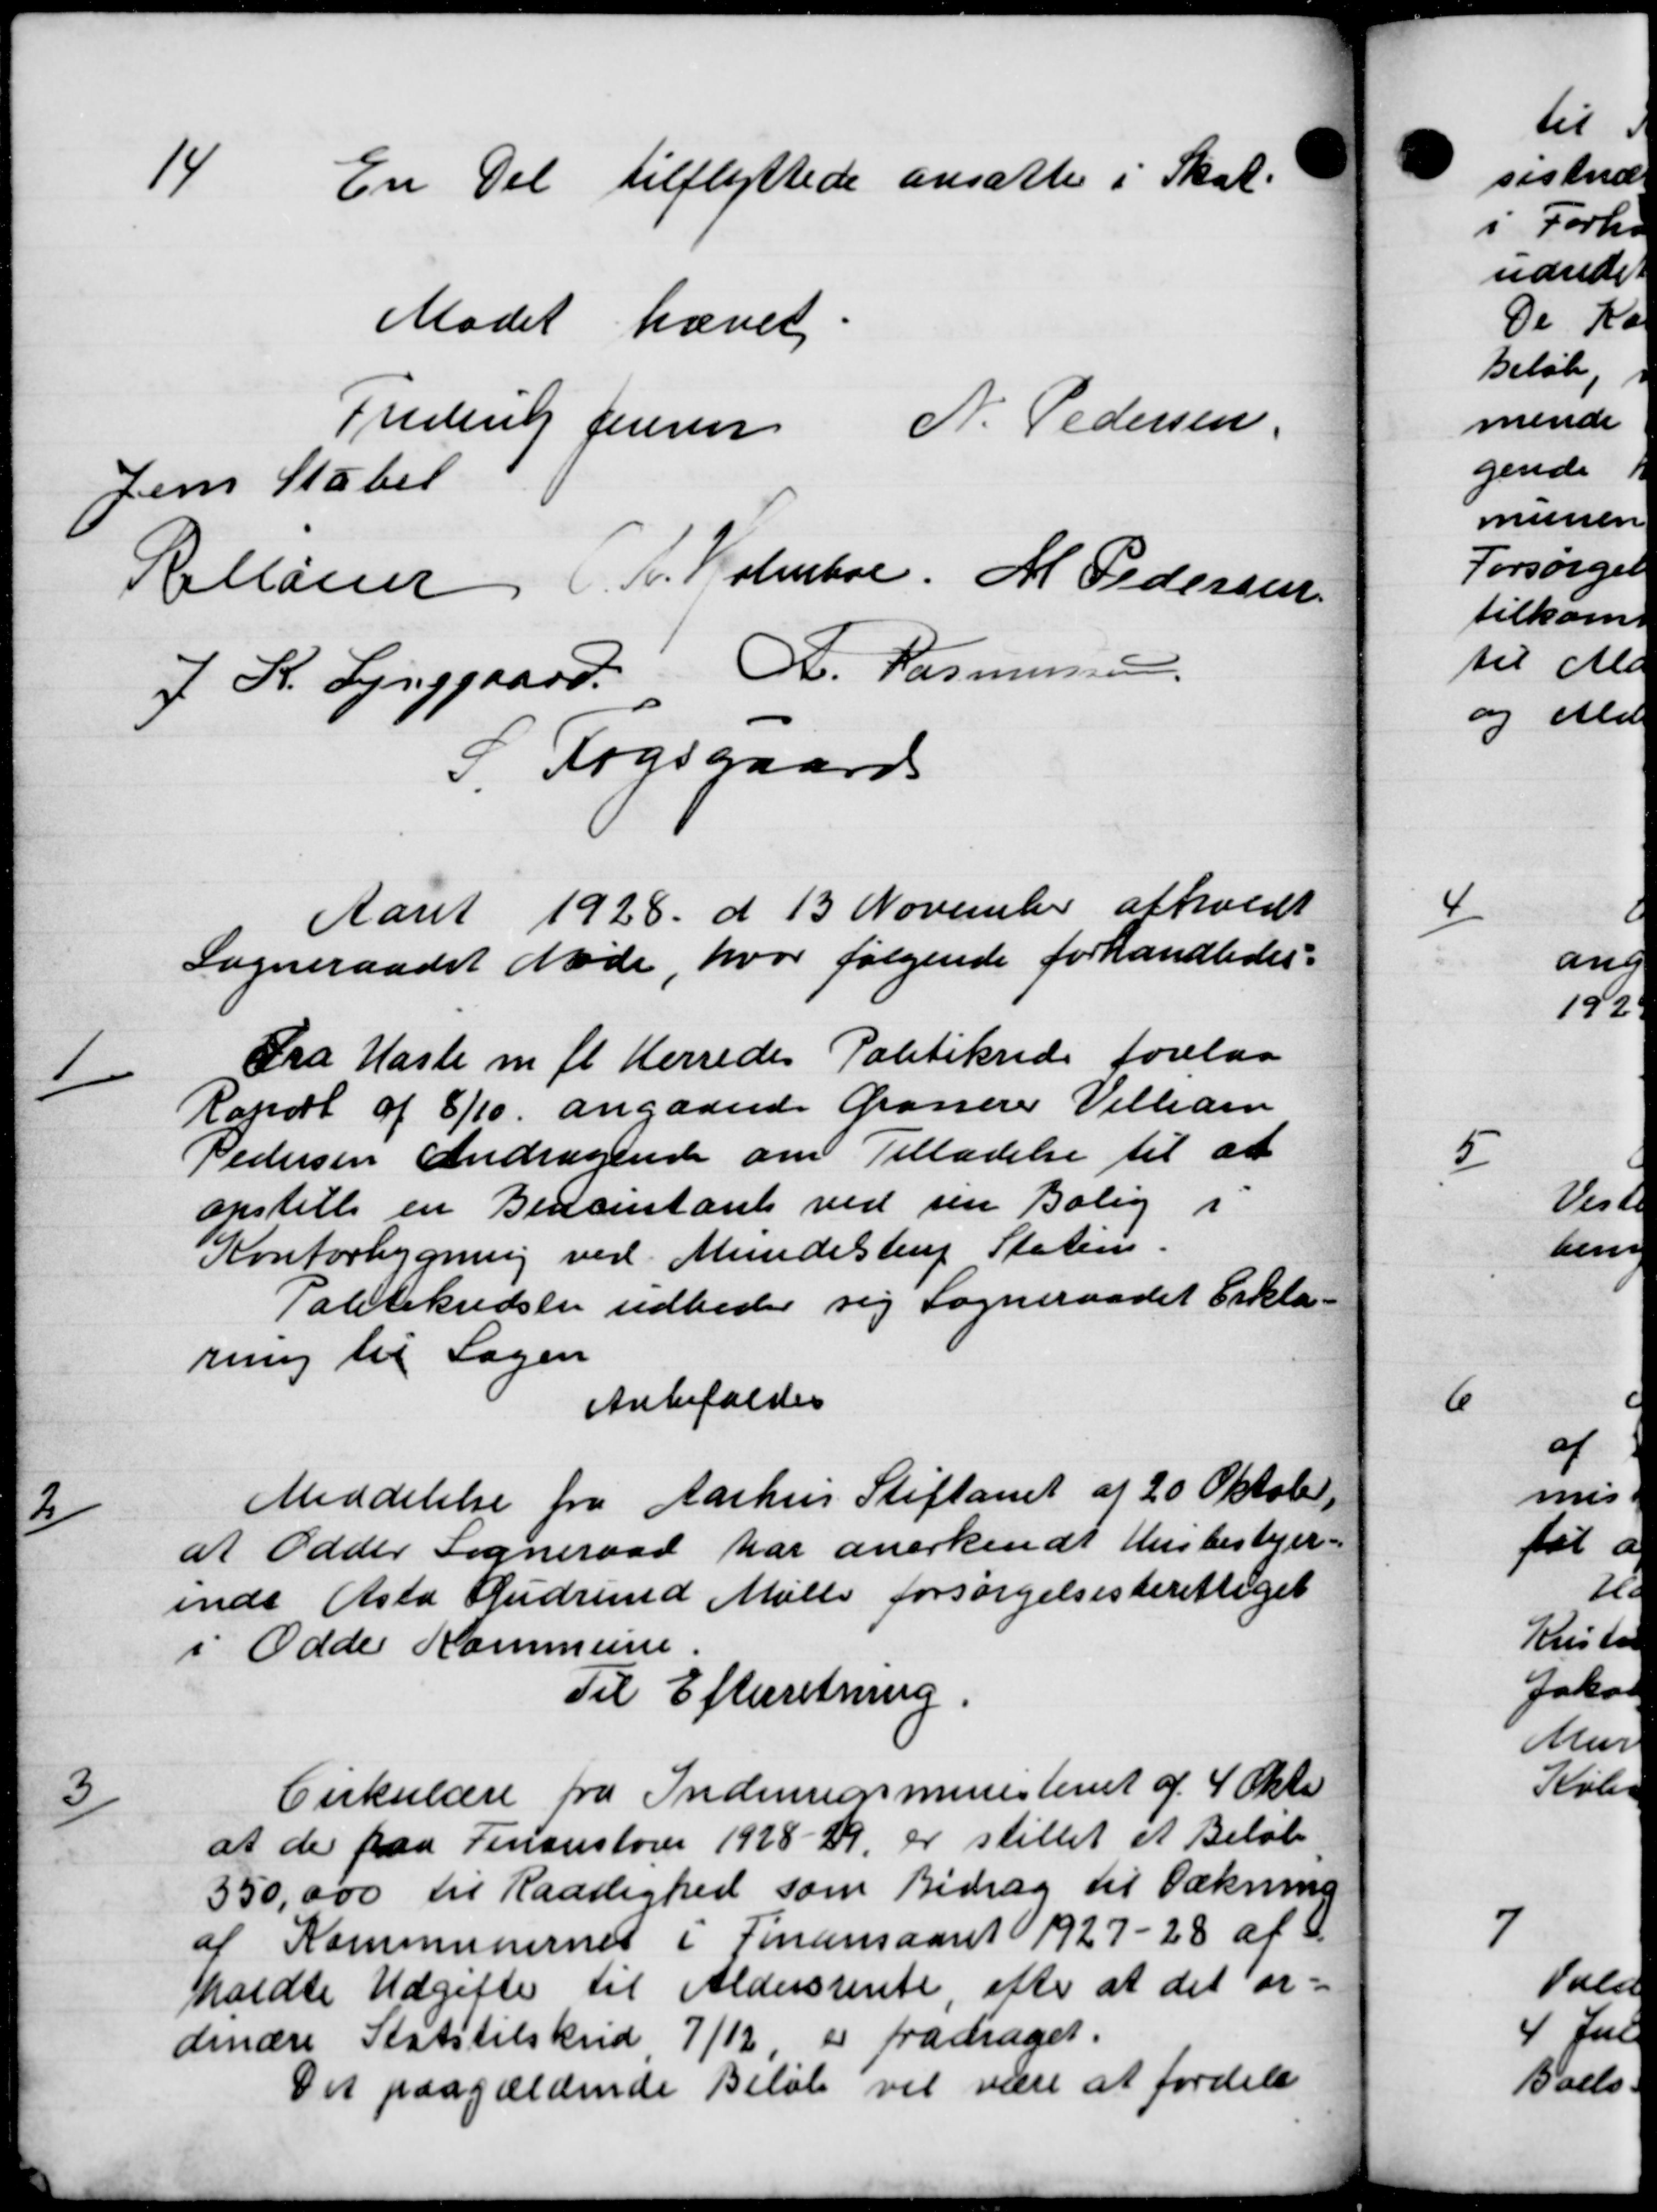
Transskription:
14
En Del tilflyttede ansattes i Sk
Mødet hævet
Frederg Jensen N. Pedersen.
Jens Stabet
Rellaner A. Holmboe. M Pedersen
J R. Lynggaard. A. Rasmussen
5. Fogsgaards
Aaret 1928 d. 13 November afholdt
Sogneraadet Møde, hvor følgende forhandledes:

Fra Hasle m. fl. Herredes Politikreds forelaa
Raport af 8/10 angaaende Gronerer Vilham
Pedersen Andragende om Tilladelse til at
opstille en Bedsintant ved sin Bolig i
Kontorbygning ved Mundestrup Staten.
Politikredsen udbeder sig Sogneraadet Erklæ-
ning til Sagen
Anbefaldes
2
Meddelelse fra Aarhus Stiftamt af 20 Oktober
at Odder Sogneraad har anerkendt Husbestyer-
ende Asta Gudrund Mølle forsørgelsesberettiget
i Odder Kommune.
Til Efterretning.
3
Cirkulære fra Indenrigsministeriet af 4 Okto
at de paa Finanstorer 1928-29, er stillet et Beløb
350,000 til Raarlighed som Bidrag til Dækning
af Kommunernes i Finansaaret 1927-28 af S
kaldte Udgifte til Aldersrente, efter at det or=
dinære Statstilskud 7/12 er fradraget.
Det paagældende Beløb vil være at fordele